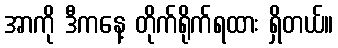
အာကို ဒီကနေ့ တိုက်ရိုက်ရထား ရှိတယ်။